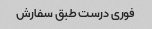
فوری درست طبق سفارش